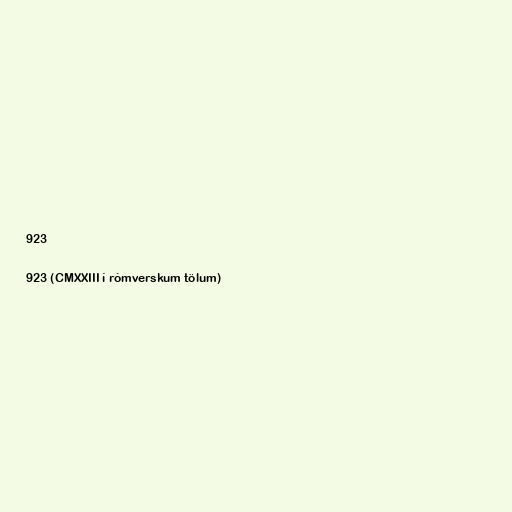
923

923 (CMXXIII í rómverskum tölum)